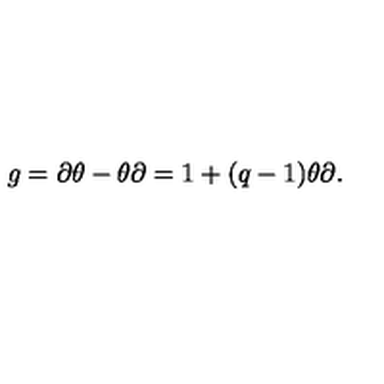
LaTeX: g = \partial \theta - \theta \partial = 1 + ( q - 1 ) \theta \partial .